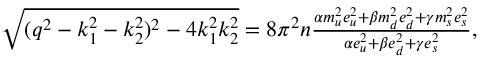
\begin{array} { r } { \sqrt { ( q ^ { 2 } - k _ { 1 } ^ { 2 } - k _ { 2 } ^ { 2 } ) ^ { 2 } - 4 k _ { 1 } ^ { 2 } k _ { 2 } ^ { 2 } } = 8 \pi ^ { 2 } n \frac { \alpha m _ { u } ^ { 2 } e _ { u } ^ { 2 } + \beta m _ { d } ^ { 2 } e _ { d } ^ { 2 } + \gamma m _ { s } ^ { 2 } e _ { s } ^ { 2 } } { \alpha e _ { u } ^ { 2 } + \beta e _ { d } ^ { 2 } + \gamma e _ { s } ^ { 2 } } , } \end{array}